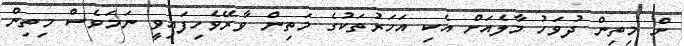
ށް މިތިން ދުވަހު މާލެއަށް އެކި އަހަރުތަކުގެ މަތިން ވާރޭވެހިފައިވީ ނަމަވެސް މިތިން